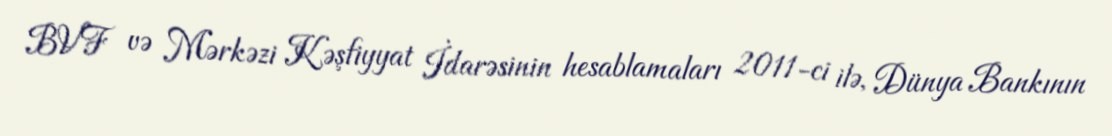
BVF və Mərkəzi Kəşfiyyat İdarəsinin hesablamaları 2011-ci ilə, Dünya Bankının